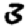
Digit: 3